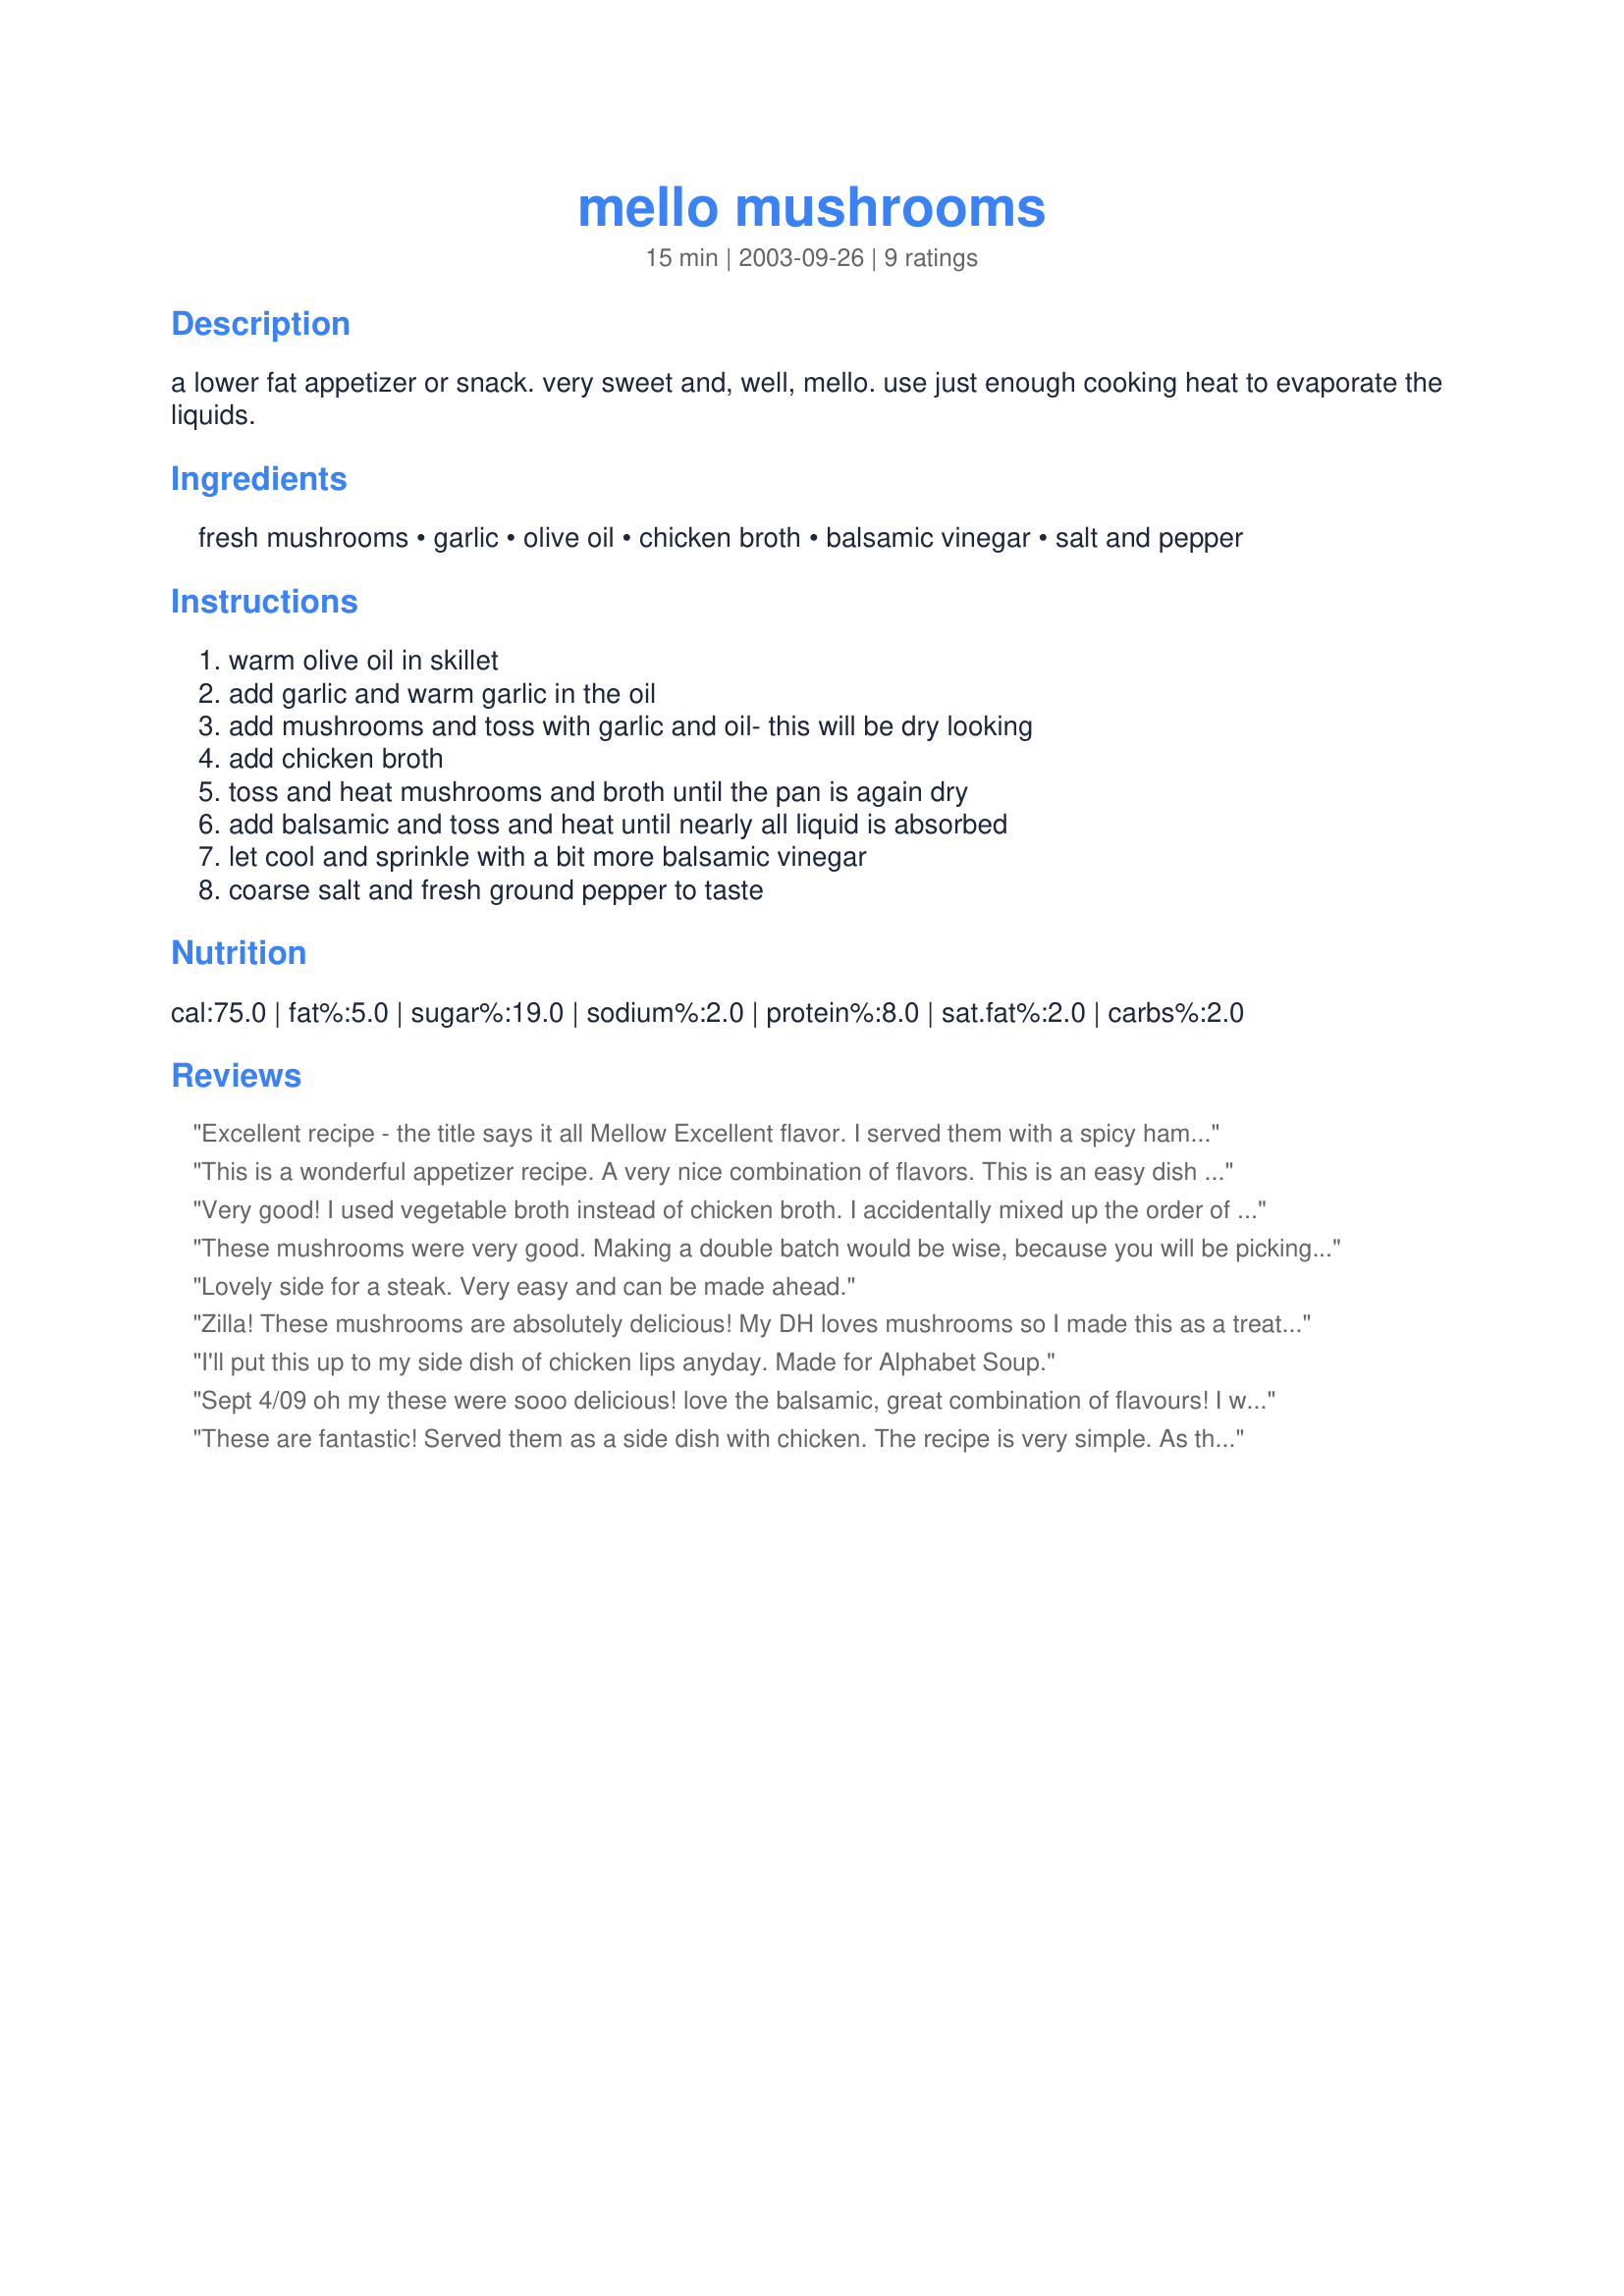
mello mushrooms
Preparation time: 15 minutes

a lower fat appetizer or snack. very sweet and, well, mello. use just enough cooking heat to evaporate the liquids.

Ingredients:
fresh mushrooms, garlic, olive oil, chicken broth, balsamic vinegar, salt and pepper

Steps:
warm olive oil in skillet, add garlic and warm garlic in the oil, add mushrooms and toss with garlic and oil- this will be dry looking, add chicken broth, toss and heat mushrooms and broth until the pan is again dry, add balsamic and toss and heat until nearly all liquid is absorbed, let cool and sprinkle with a bit more balsamic vinegar, coarse salt and fresh ground pepper to taste

Reviews:
Excellent recipe - the title says it all Mellow Excellent flavor. I served them with a spicy hamburger - Great companions
This is a wonderful appetizer recipe. A very nice combination of flavors. This is an easy dish to make. One key is to use good balsamic. I will be adding this one to my tried and true cookbook. Thanks, Zilla for sharing!
Very good! I used vegetable broth instead of chicken broth. I accidentally mixed up the order of the broth and balsamic vinegar, but they turned out well anyway. I snacked on these at work -- yummy!
These mushrooms were very good. Making a double batch would be wise, because you will be picking out of the pan and there won't be any left for dinner. Lowfat and tasty. Thank you.
Lovely side for a steak. Very easy and can be made ahead.
Zilla! These mushrooms are absolutely delicious! My DH loves mushrooms so I made this as a treat for him and to serve as a side dish with some grilled steaks. I used beef broth with ours because I had it on hand from another recipe. These are so sweet and good we almost ate them all before the steaks were done! This would make a great side dish for almost anything but beware - you might want to double the recipe because you can't quit eating them once you start! :)
I'll put this up to my side dish of chicken lips anyday. Made for Alphabet Soup.
Sept 4/09 oh my these were sooo delicious! love the balsamic, great combination of flavours! I will be making these again, so easy and so delicious! Thanks for posting! May 23/10 I make these mushrooms on a regular basis, they are one of our favourite ways to serve mushrooms, delish !!
These are fantastic! Served them as a side dish with chicken. The recipe is very simple. As the balsamic vinegar cooks away, it reduces to make a wonderful sauce for the mushrooms. Something I will make again.
